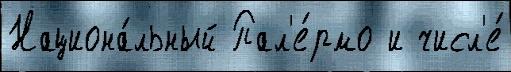
Национа́льный Пал'е́рмо и числ'е́